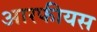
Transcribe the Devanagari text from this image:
आरफीयस